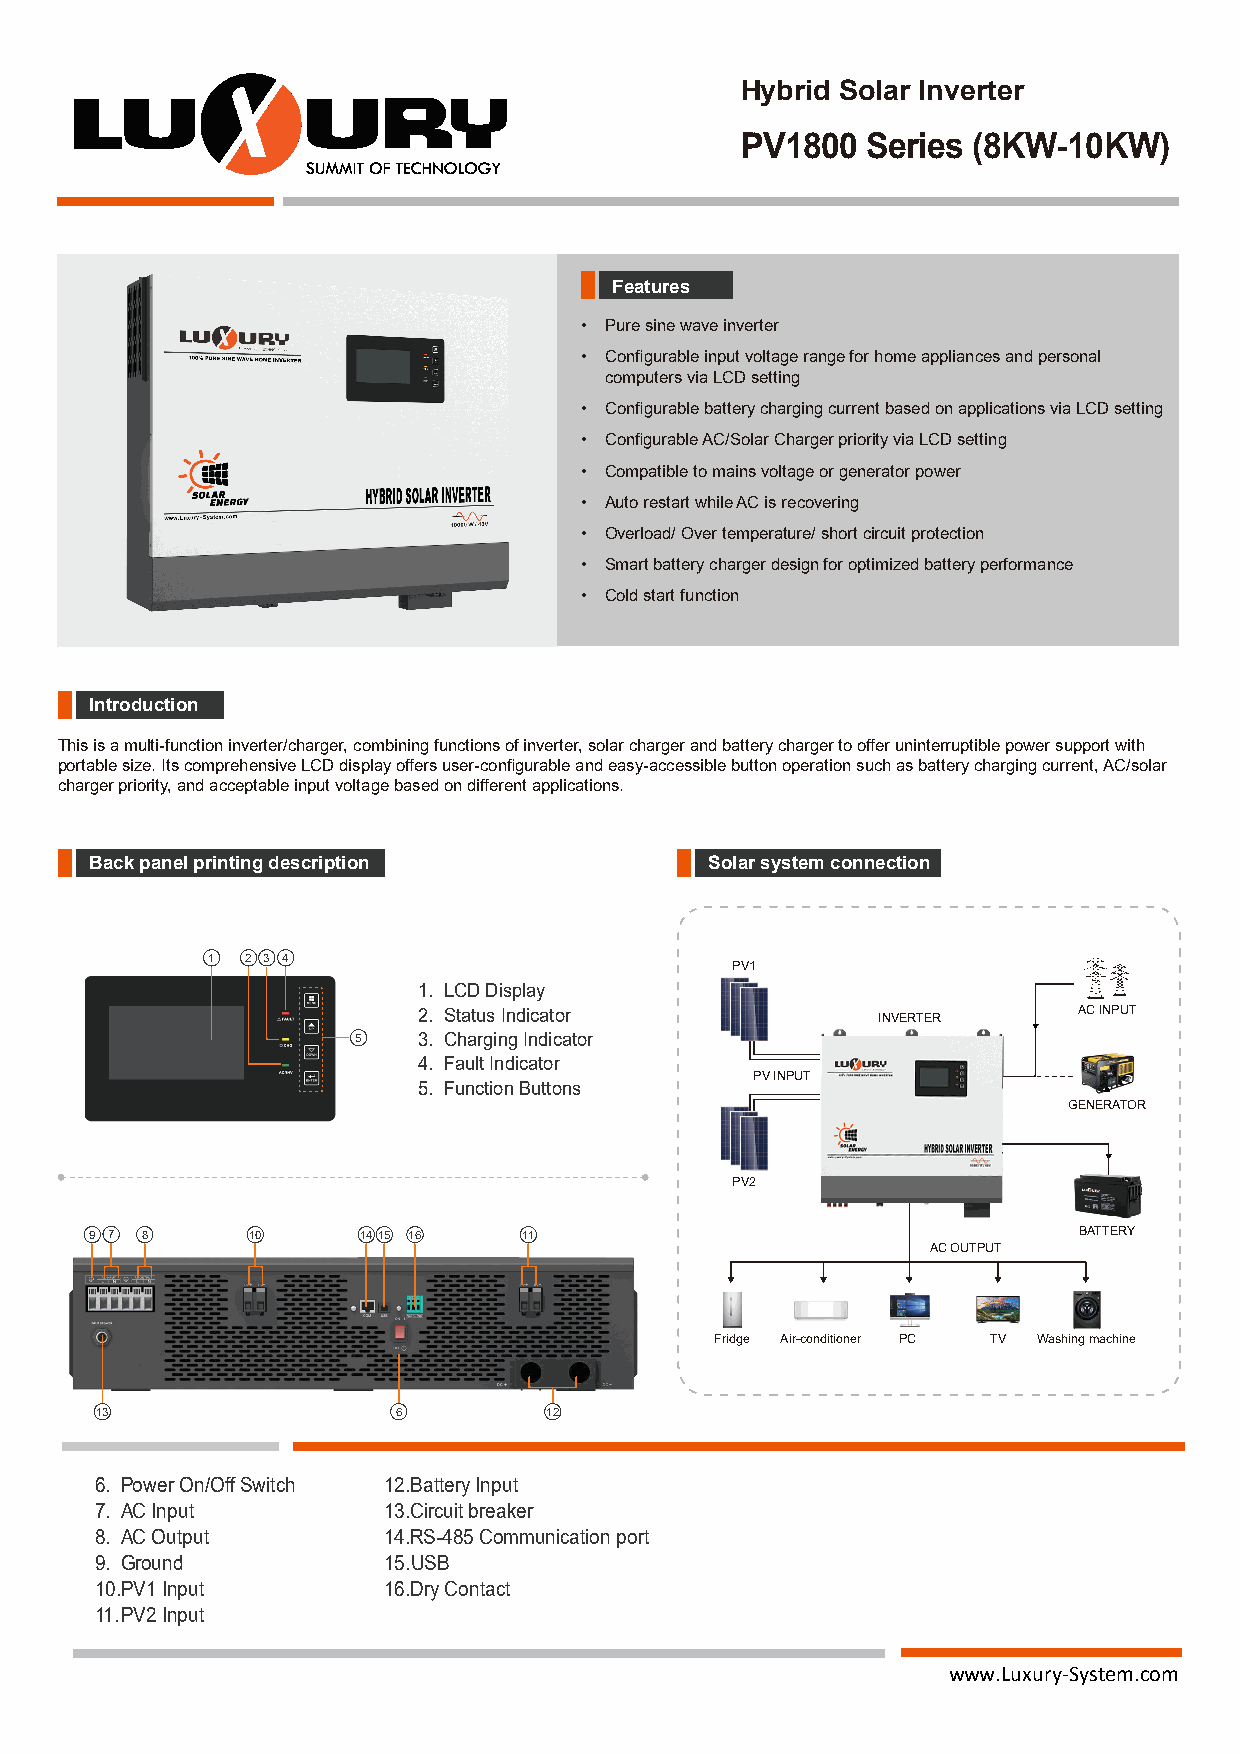
Hybrid Solar Inverter
 PV1800  Series (8KW-10KW)
 Features
 • Pure sine wave inverter
 • Configurable input voltage range for home appliances and personal
 computers via LCD setting
 • Configurable battery charging current based on applications via LCD setting
 • Configurable AC/Solar Charger priority via LCD setting
 • Compatible to mains voltage or generator power
 • Auto restart while AC is recovering
 • Overload/ Over temperature/ short circuit protection
 • Smart battery charger design for optimized battery performance
 • Cold start function
 Introduction
 This is a multi-function inverter/charger, combining functions of inverter, solar charger and battery charger to offer uninterruptible power support with
 portable size. Its comprehensive LCD display offers user-configurable and easy-accessible button operation such as battery charging current, AC/solar
 charger priority, and acceptable input voltage based on different applications.
 Back panel printing description          Solar system connection
 1 2 3 4
 PV1
 1. LCD Display
 2. Status Indicator           INVERTER     AC INPUT
 5   3. Charging Indicator
 4. Fault Indicator
 PV INPUT
 5. Function Buttons
 GENERATOR
 PV2
 9 7 8     10      1415 16    11                                  BATTERY
 AC OUTPUT
 Fridge Air-conditioner PC TV Washing machine
 13                  6         12
 6. Power On/OffSwitch 12. Battery Input
 7. AC Input        13. Circuit breaker
 8. AC Output       14. RS-485 Communication port
 9. Ground          15. USB
 10. PV1 Input      16. Dry Contact
 11. PV2 Input
 www.Luxury-System.com